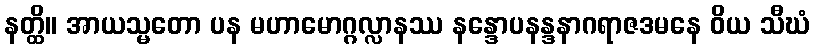
နတ္ထိ။ အာယသ္မတော ပန မဟာမောဂ္ဂလ္လာနဿ နန္ဒောပနန္ဒနာဂရာဇဒမနေ ဝိယ သီဃံ